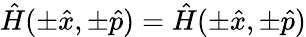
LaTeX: \hat{H}(\pm\hat{x},\pm\hat{p})=\hat{H}(\pm\hat{x},\pm\hat{p})